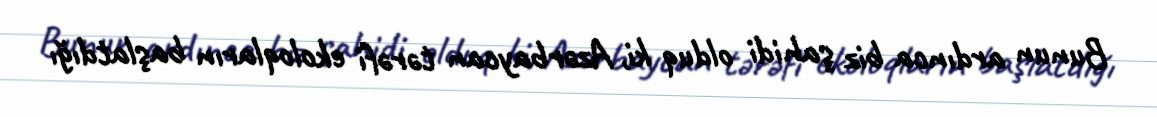
Bunun ardınca biz şahidi olduq ki, Azərbaycan tərəfi ekoloqların başlatdığı